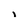
Character: i